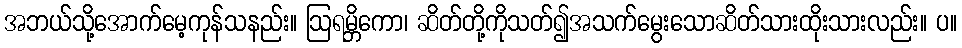
အဘယ်သို့အောက်မေ့ကုန်သနည်း။ ဩရမ္ဘိကော၊ ဆိတ်တို့ကိုသတ်၍အသက်မွေးသောဆိတ်သားထိုးသားလည်း။ ပ။